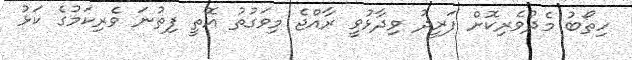
ހިތޯބު މެދުވެރިކޮށް ފަރީދު ވިދާޅުވީ ރާއްޖެ މިވަގުތު އޮތީ ފިތުނަ ވެރިކަމުގެ ކަޅު